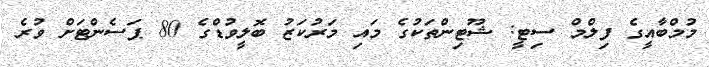
މުމްބާއީގެ ފިލްމް ސިޓީ: ޝޫޓިންތަކުގެ މައި މަރުކަޒު ބޮލީވުޑްގެ 80 ޕަސެންޓަށް ވުރެ